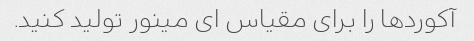
آکوردها را برای مقیاس ای مینور تولید کنید.